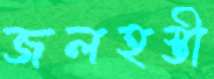
জলহস্তী